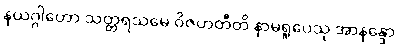
နယဂ္ဂါဟော သတ္တရသမေ ဝိဇဟတီတိ နာမရူပေသု အာနန္ဒော